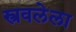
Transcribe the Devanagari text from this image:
स्त्रवलेला